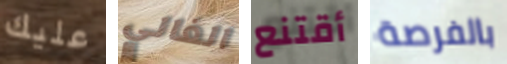
عليك الغالي أقتنع بالفرصة